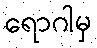
ရောဂါမှ